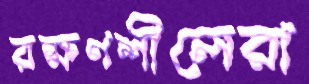
রক্ষণশীলেরা